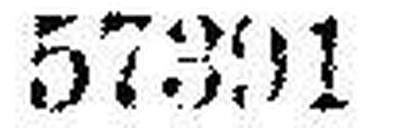
57391